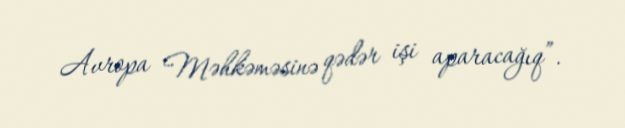
Avropa Məhkəməsinə qədər işi aparacağıq”.